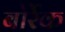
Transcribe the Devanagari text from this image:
बोर्रेक